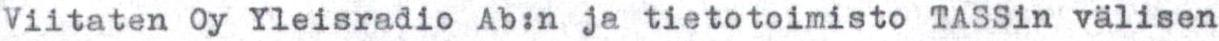
Viitaten Oy Yleisradio Ab:n ja tietotoimisto TASSin välisen